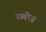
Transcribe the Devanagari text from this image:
रब्बीज़